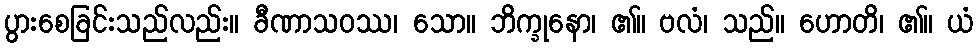
ပွားစေခြင်းသည်လည်း။ ခီဏာသဝဿ၊ သော။ ဘိက္ခုနော၊ ၏။ ဗလံ၊ သည်။ ဟောတိ၊ ၏။ ယံ